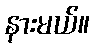
နားမယ်။